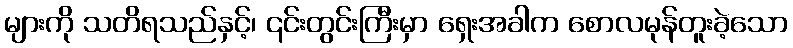
များကို သတိရသည်နှင့်၊ ၎င်းတွင်းကြီးမှာ ရှေးအခါက စောလမုန်တူးခဲ့သော